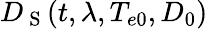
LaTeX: D_{\mathrm{~S~}}(t,\lambda,T_{e0},D_{0})